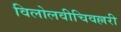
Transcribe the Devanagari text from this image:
विलोलवीचिवल्लरी